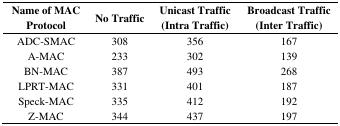
| Name of MAC Protocol | No Traffic | Unicast Traffic (Intra Traffic) | Broadcast Traffic (Inter Traffic) |
 | --- | --- | --- | --- |
 | ADC-SMAC | 308 | 356 | 167 |
 | A-MAC | 233 | 302 | 139 |
 | BN-MAC | 387 | 493 | 268 |
 | LPRT-MAC | 331 | 401 | 187 |
 | Speck-MAC | 335 | 412 | 192 |
 | Z-MAC | 344 | 437 | 197 |